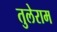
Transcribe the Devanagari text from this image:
तुलेराम